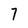
Character: 7